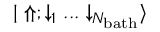
{ | \Uparrow ; \downarrow _ { 1 } . . . \downarrow _ { N _ { \mathrm { b a t h } } } \rangle }